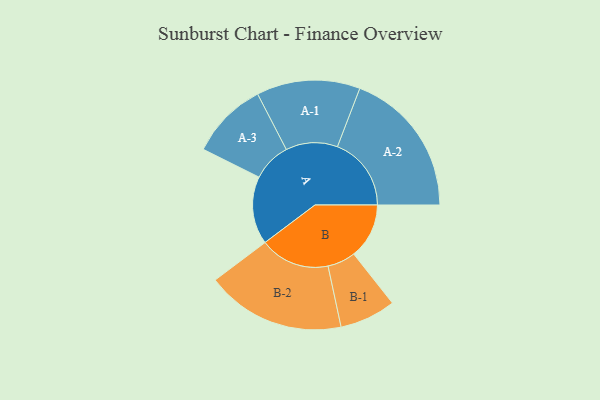
{"axis": {"x": "Segment", "y": "Value"}, "legend": ["", "A", "B"], "data": [{"x": "A", "y": 249, "type": ""}, {"x": "B", "y": 203, "type": ""}, {"x": "A-1", "y": 190, "type": "A"}, {"x": "A-2", "y": 271, "type": "A"}, {"x": "A-3", "y": 142, "type": "A"}, {"x": "B-1", "y": 103, "type": "B"}, {"x": "B-2", "y": 256, "type": "B"}]}